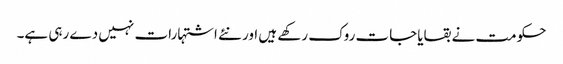
حکومت نے بقایاجات روک رکھے ہیں اور نئے اشتہارات نہیں دے رہی ہے۔